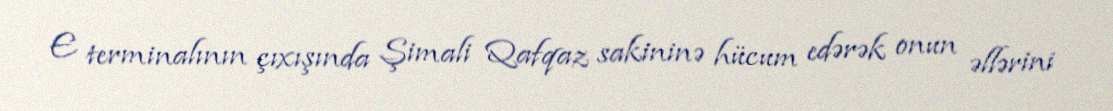
E terminalının çıxışında Şimali Qafqaz sakininə hücum edərək onun əllərini